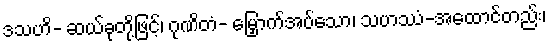
ဒသဟိ- ဆယ်ခုတို့ဖြင့်၊ ဂုဏိတံ- မြှောက်အပ်သော၊ သဟဿံ-အထောင်တည်း၊